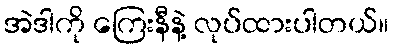
အဲဒါကို ကြေးနီနဲ့ လုပ်ထားပါတယ်။